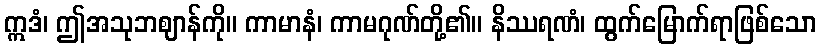
ဣဒံ၊ ဤအသုဘဈာန်ကို။ ကာမာနံ၊ ကာမဂုဏ်တို့၏။ နိဿရဏံ၊ ထွက်မြောက်ရာဖြစ်သော